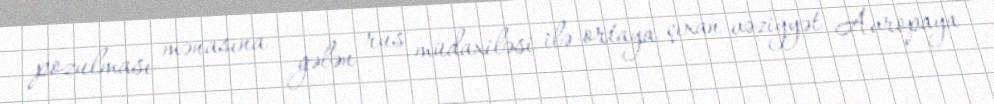
pozulması mənasına gələn rus müdaxiləsi ilə ortaya çıxan vəziyyət Avropaya